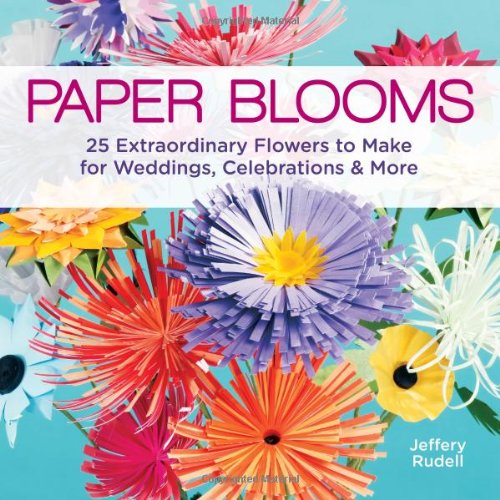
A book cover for Paper Blooms: 25 Extraordinary Flowers to Make for Weddings, Celebrations & More; Jeffery Rudell; Crafts, Hobbies & Home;